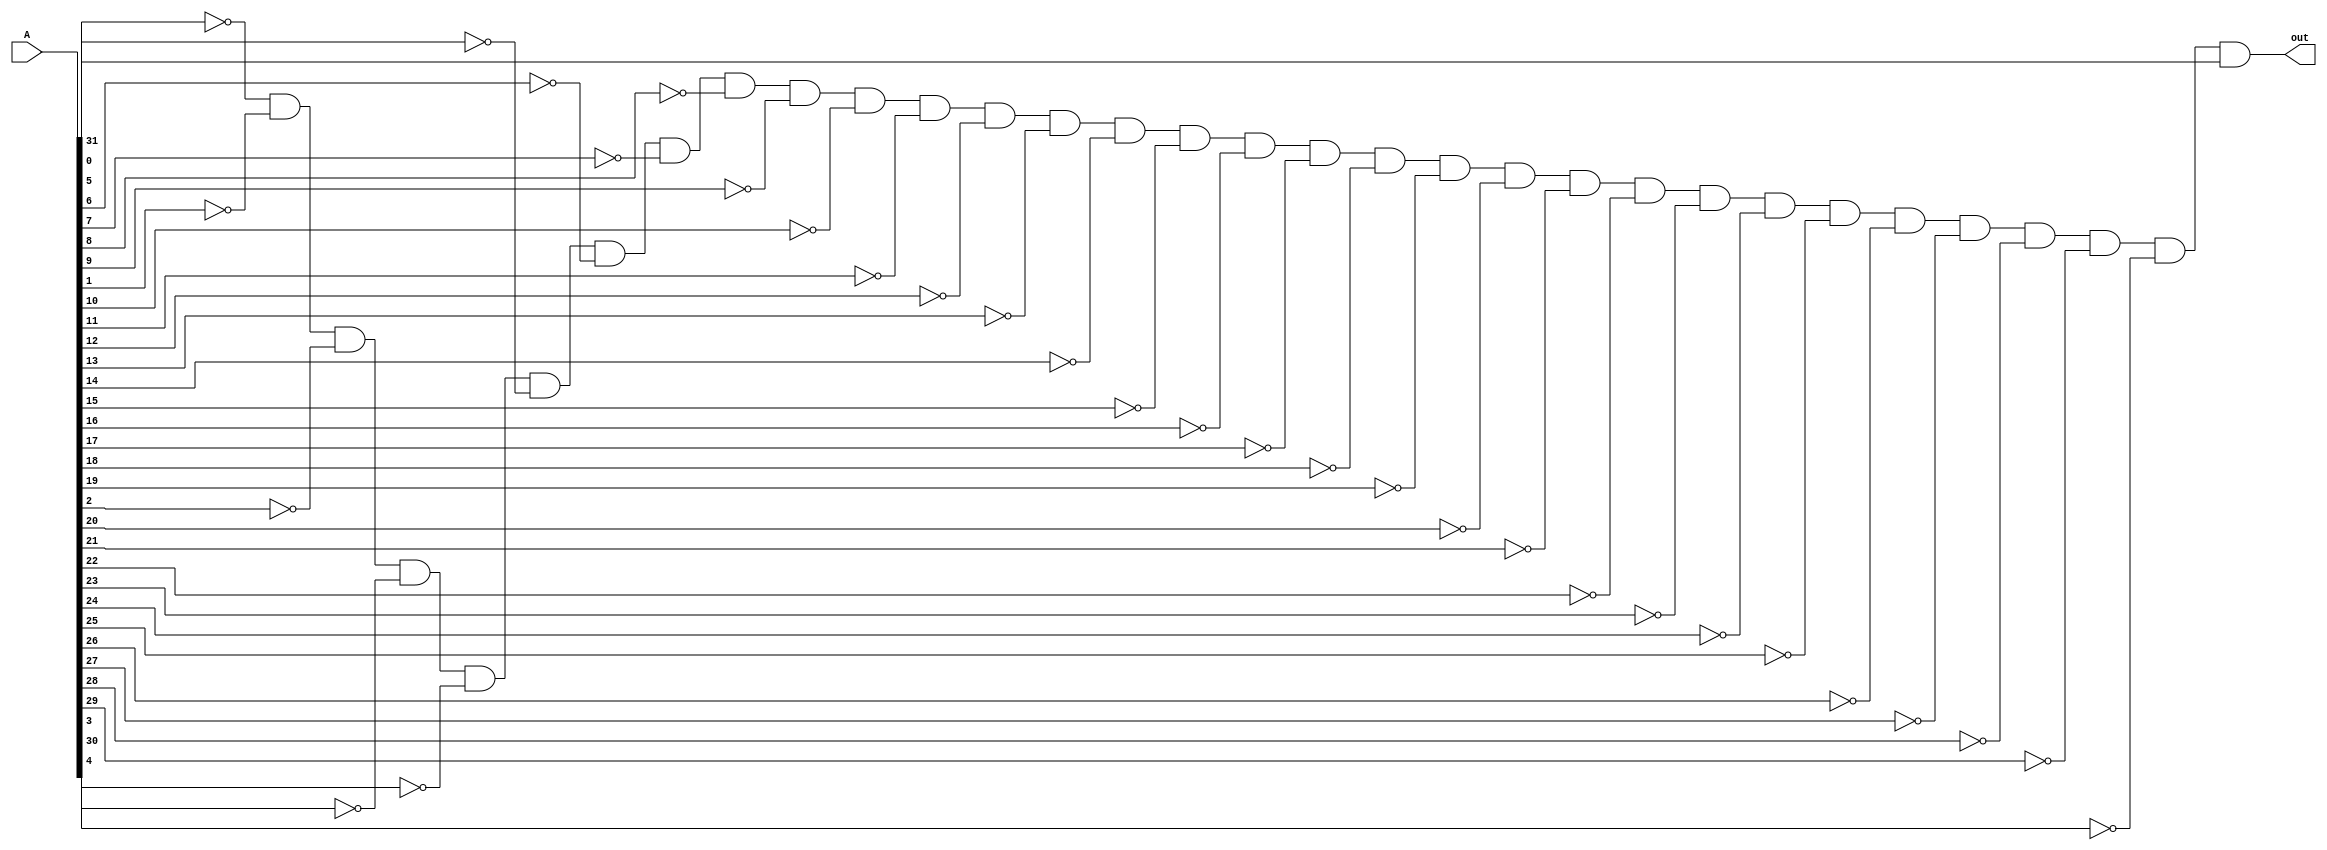
module negth(out, A); 
    input [31:0] A; 
    output out; 

    and ZERO(out, !A[0], !A[1], !A[2], !A[3], !A[4], !A[5], !A[6], !A[7] , !A[8], !A[9], !A[10], !A[11], !A[12], !A[13], !A[14], !A[15] , !A[16], !A[17], !A[18], !A[19], !A[20], !A[21], !A[22], !A[23], !A[24], !A[25], !A[26], !A[27], !A[28], !A[29], !A[30], A[31]); 

endmodule